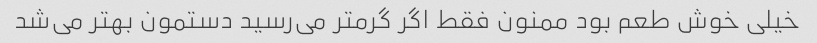
خیلی خوش طعم بود ممنون فقط اگر گرمتر می‌رسید دستمون بهتر می‌شد